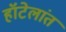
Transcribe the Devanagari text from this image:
हॉटेलांत